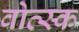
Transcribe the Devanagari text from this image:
वोत्स्क